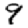
Digit: 9